Trukikaitis_Postimees, lk 36
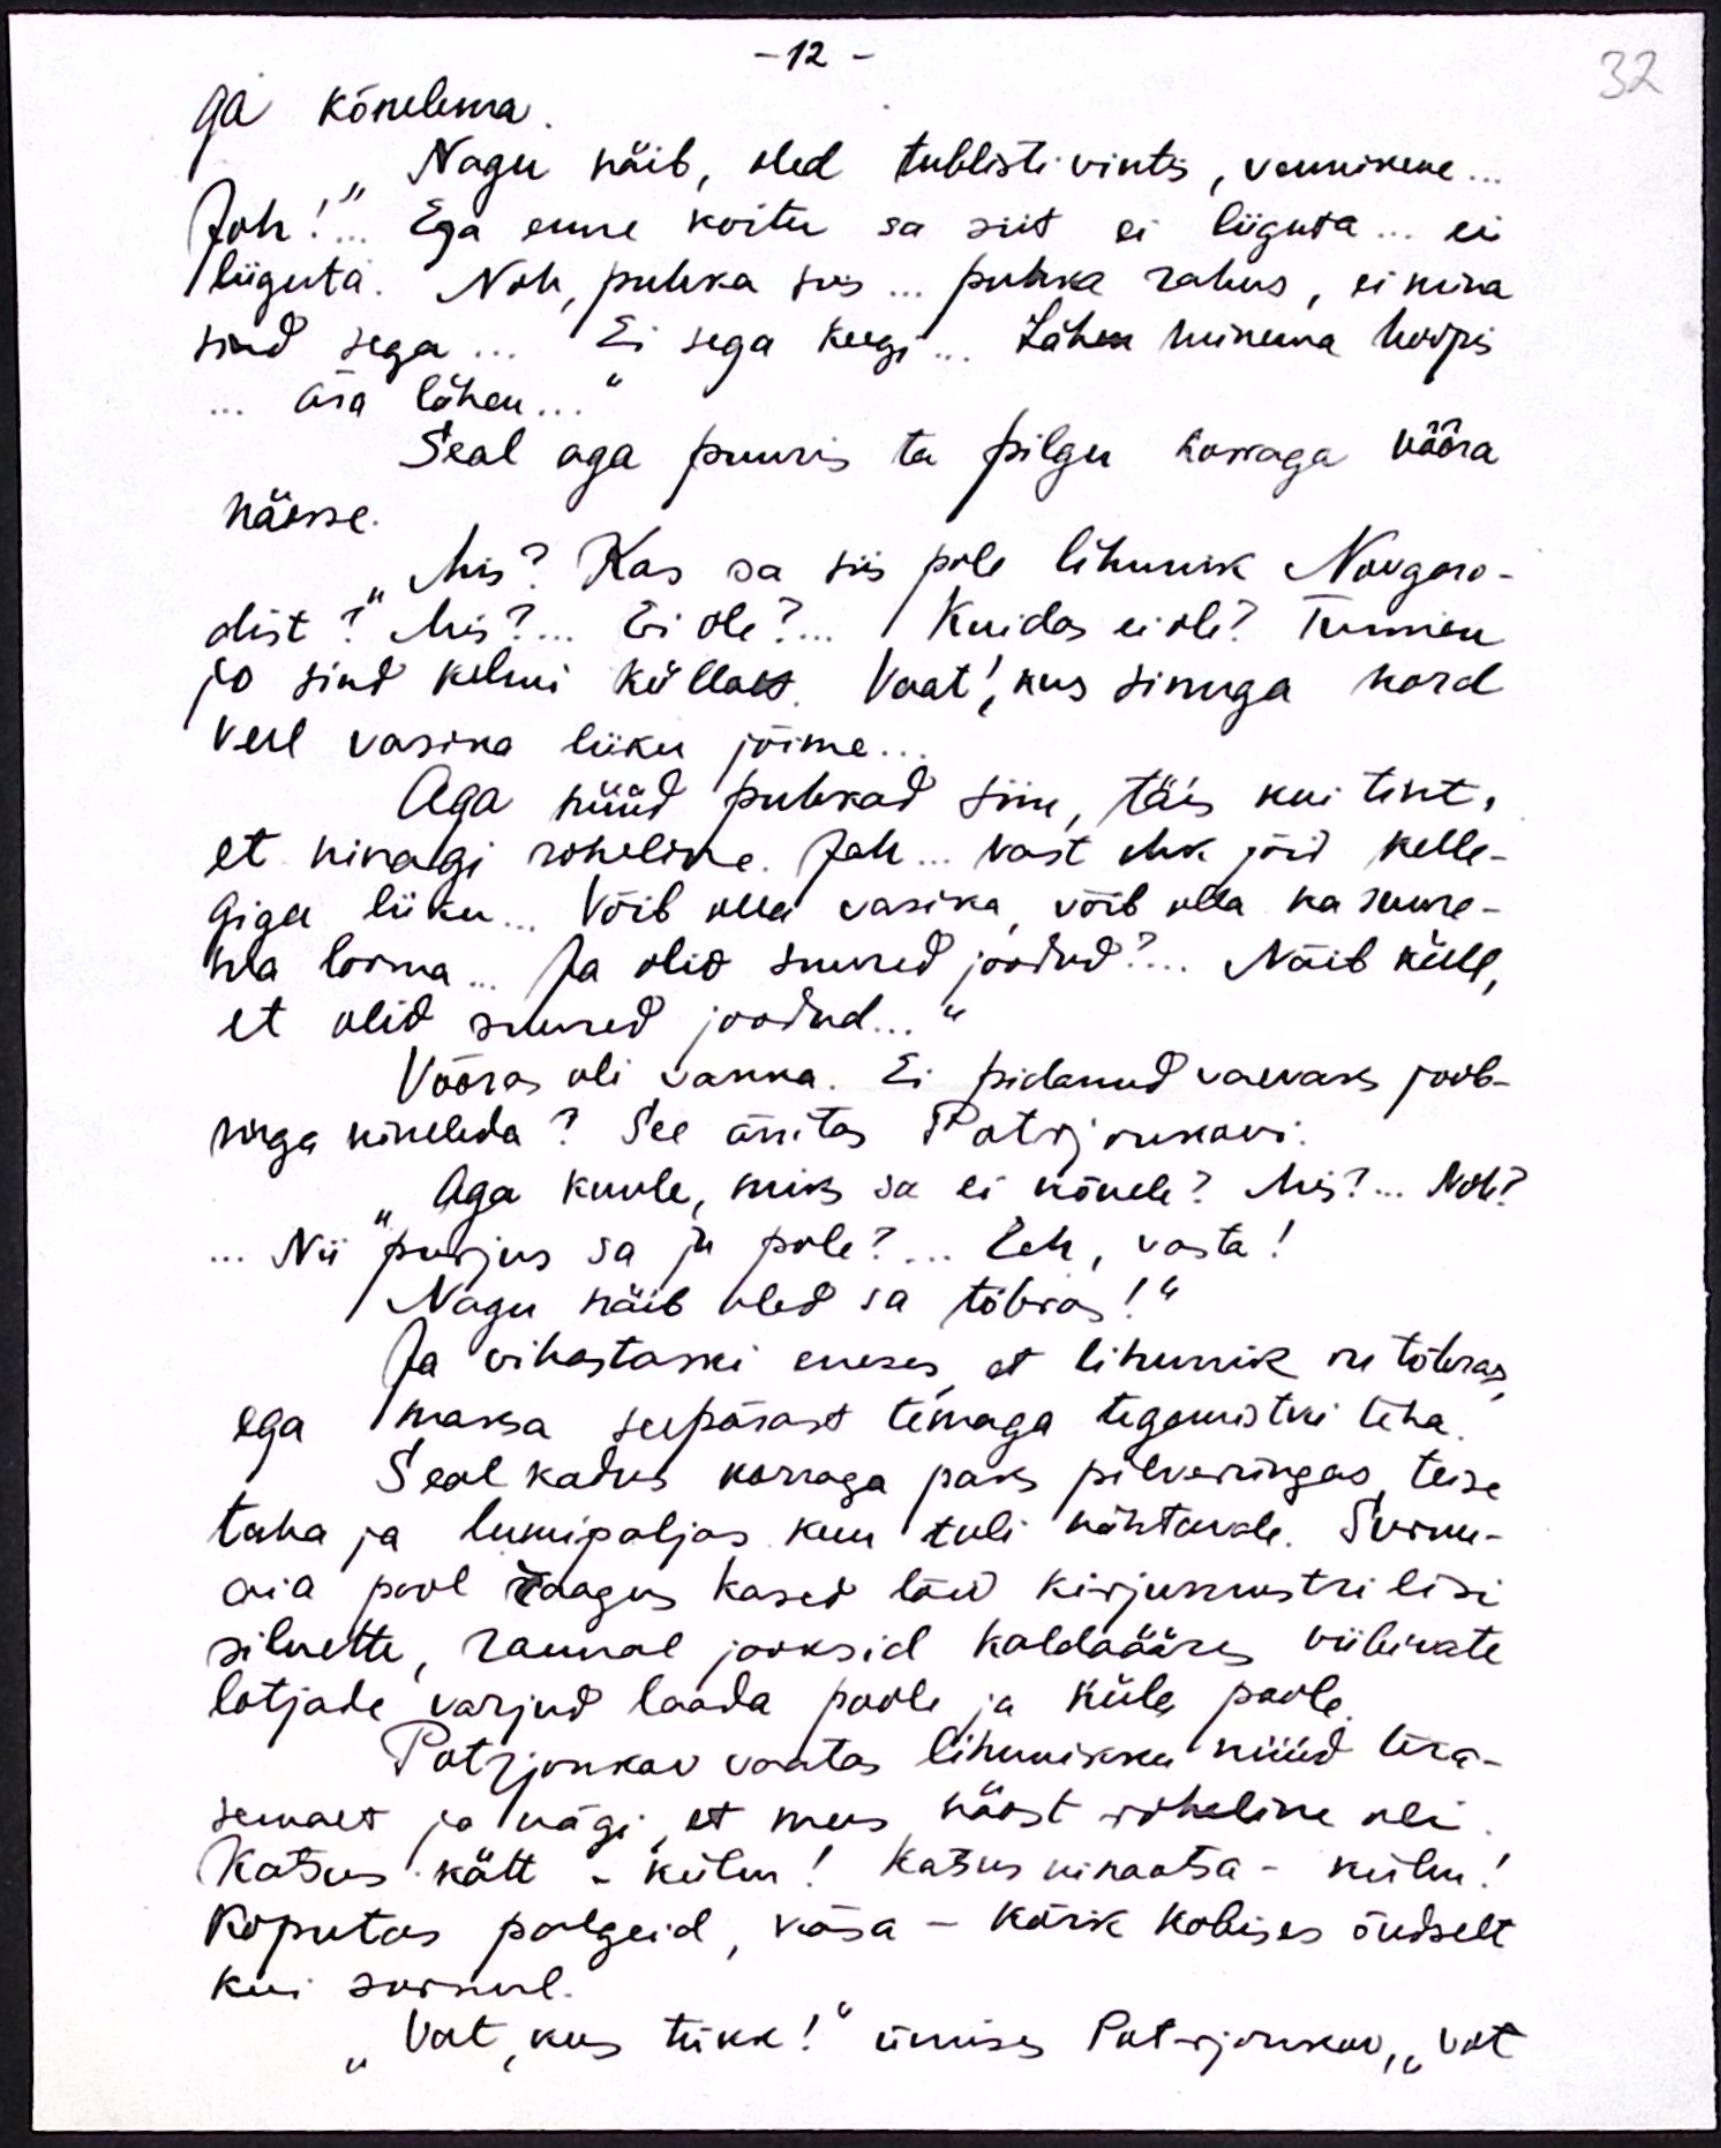
-12 -
ga kõnelema
32
Nagu näib, oled tublisti vintis, vennikene...
Jah!"... Ega enne koitu sa siit ei liiguta... ei
liiguta. Noh, puhka siis... puhka rahus, ei mina
sind sega... Ei sega keegi... Lähen minema hoopis
... ära lähen..."
Seal aga puuris ta pilgu korraga võõra
näosse.
Mis? Kas sa siis pole lihunik Novgoro-
dist? Mis?... Ei ole?... Kuidas ei ole? Tunnen
jo sind kelmi küllalt. Vaat! kus sinuga kord
veel vasika liiku jõime..
Aga nüüd puhkad siin, täis kui tint,
et ninagi roheline. Jah... vast ehk jõid kelle-
giga liiku... Võib olla vasika võib olla ka suure-
ma looma... Ja olid suured joodud?... Näib küll,
et olid suured joodud...
Võõras oli vakka. Ei pidanud vaevaks joob-
nuga kõneleda? See ärritas Potrjonkovi.
Aga kuule, miks sa ei kõnele? Mis?... Noh?
... Nii purjus sa ju pole?.. Eeh, vasta!
Nagu näib oled sa tõbras!"
Ja vihastaski eneses, et lihunik on tõbras
ega maksa seepärast temaga tegemistki teha
Seal kadus korraga paks pilverüngas teise
taha ja lumipaljas kuu tuli nähtavale. Surnu-
aia pool raagus kased lõid kirjumustrilisi
siluette, rannal jooksid kaldaääres viibivate
lotjade varjud laada poole ja küla poole
Potrjonkov vaatas lihunikku nüüd tera-
semalt ja nägi, et mees näost roheline oli
Katsus kätt - külm! katsus ninaotsa - külm!
Koputas palgeid, käsa - kõik kobises õudselt
kui surnul.
"Vat, kus tükk!" ümises Potrjonkov, "vot